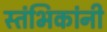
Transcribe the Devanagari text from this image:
स्तंभिकांनी